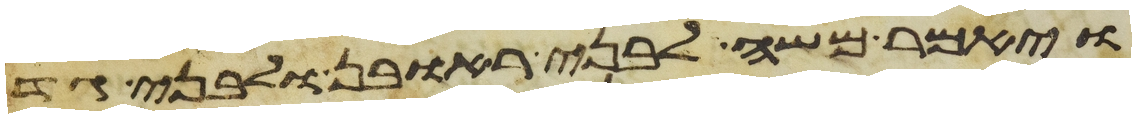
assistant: ויאמר משה לבני ראובן ולבני גד